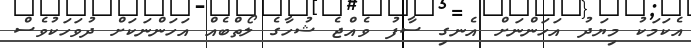
އެކަމަކު މިޔަދު އަހަންނަށް އެނގި ސާފު ވެއްޖެ ޝުހާގެ ލޯތްބެއް އަހަންނަކަށް ދުވަހަކުވެސް